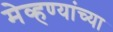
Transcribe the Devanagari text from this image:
मेव्हण्यांच्या